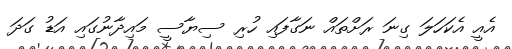
އެއީ އެކަހަލަ ގިނަ ރަށްތައް ނަގާފައި ހުރި ސިޔާސީ މައިދާނުގައި އަޑު ގަދަ